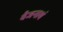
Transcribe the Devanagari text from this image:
वैजनाथं